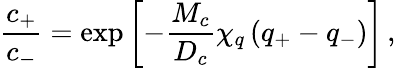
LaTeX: \frac{c_{+}}{c_{-}}=\exp\left[-\frac{M_{c}}{D_{c}}\chi_{q}\left(q_{+}-q_{-}\right)\right]\, ,